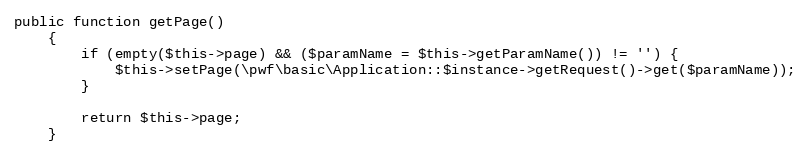
Language: PHP
public function getPage()
    {
        if (empty($this->page) && ($paramName = $this->getParamName()) != '') {
            $this->setPage(\pwf\basic\Application::$instance->getRequest()->get($paramName));
        }

        return $this->page;
    }